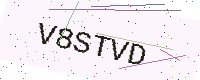
Text: V8STVD